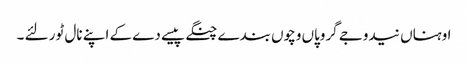
اوہناں نیدوجے گروپاں وچوں بندے چنگے پیسے دے کے اپنے نال ٹور لئے ۔